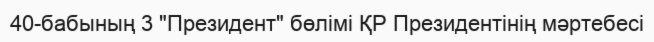
40-бабының 3 "Президент" бөлімі ҚР Президентінің мәртебесі